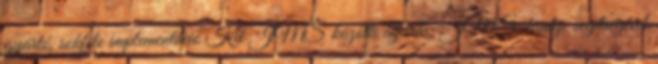
gyártó, sokféle implementáció Két JMS közötti átjárás: JMS-bridge segítségével